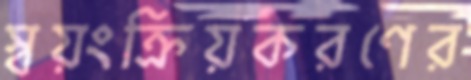
স্বয়ংক্রিয়করণের